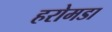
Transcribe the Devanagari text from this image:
हरोमडा